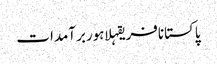
پاکستانافریقہلاہوربرآمدات